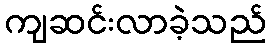
ကျဆင်းလာခဲ့သည်